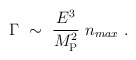
\begin{align*} \Gamma ~\sim ~{E^3 \over M_{\rm P}^2}~ n_{max}~.\end{align*}